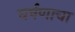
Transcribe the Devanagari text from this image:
घर्षणाचा